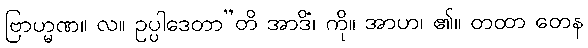
ဗြာဟ္မဏ။ လ။ ဥပ္ပါဒေတာ”တိ အာဒိံ၊ ကို။ အာဟ၊ ၏။ တထာ တေန